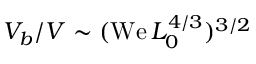
V _ { b } / V \sim ( \mathrm { W e } \, L _ { 0 } ^ { 4 / 3 } ) ^ { 3 / 2 }